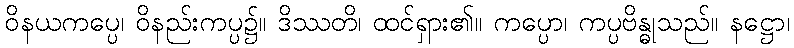
ဝိနယကပ္ပေ၊ ဝိနည်းကပ္ပ၌။ ဒိဿတိ၊ ထင်ရှား၏။ ကပ္ပော၊ ကပ္ပဗိန္ဓုသည်။ နဋ္ဌော၊